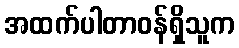
အထက်ပါတာဝန်ရှိသူက